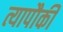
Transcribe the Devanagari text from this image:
त्यापौकी